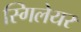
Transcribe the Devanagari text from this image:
स्गिलेयर